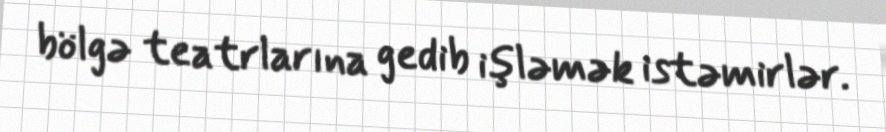
bölgə teatrlarına gedib işləmək istəmirlər.